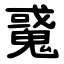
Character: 䰥